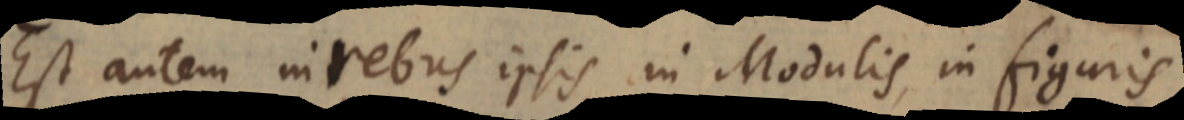
Est autem in rebus ipsis, in Modulis, in figuris